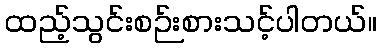
ထည့်သွင်းစဉ်းစားသင့်ပါတယ်။